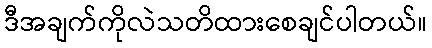
ဒီအချက်ကိုလဲသတိထားစေချင်ပါတယ်။